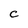
Character: C